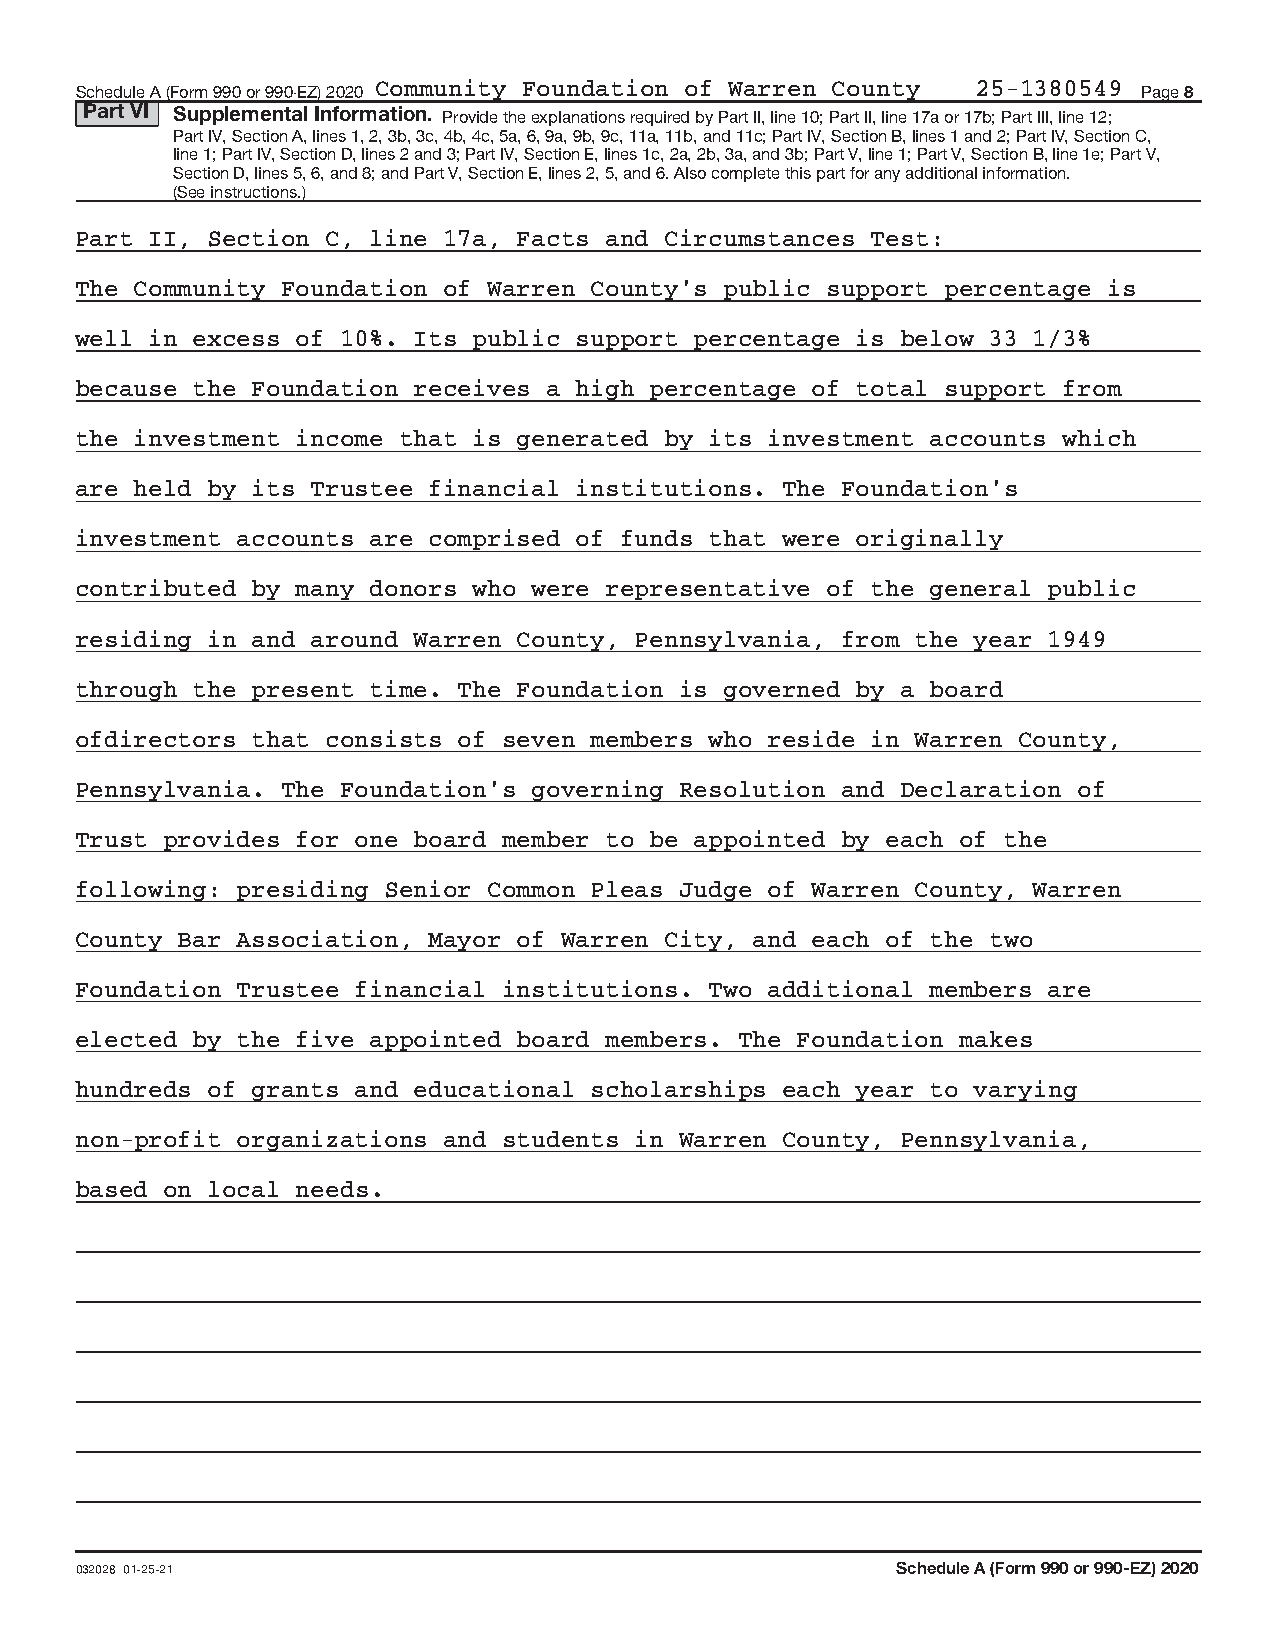
Schedule A (Form 990 or 990‐EZ) 2020 Community Foundation of Warren County 25‐1380549 Page 8
 Part VI Supplemental Information. Provide the explanations required by Part II, line 10; Part II, line 17a or 17b; Part III, line 12;
 Part IV, Section A, lines 1, 2, 3b, 3c, 4b, 4c, 5a, 6, 9a, 9b, 9c, 11a, 11b, and 11c; Part IV, Section B, lines 1 and 2; Part IV, Section C,
 line 1; Part IV, Section D, lines 2 and 3; Part IV, Section E, lines 1c, 2a, 2b, 3a, and 3b; Part V, line 1; Part V, Section B, line 1e; Part V,
 Section D, lines 5, 6, and 8; and Part V, Section E, lines 2, 5, and 6. Also complete this part for any additional information.
 (See instructions.)
 Part II, Section C, line 17a, Facts and Circumstances Test:
 The Community Foundation of Warren County's public support percentage is
 well in excess of 10%. Its public support percentage is below 33 1/3%
 because the Foundation receives a high percentage of total support from
 the investment income that is generated by its investment accounts which
 are held by its Trustee financial institutions. The Foundation's
 investment accounts are comprised of funds that were originally
 contributed by many donors who were representative of the general public
 residing in and around Warren County, Pennsylvania, from the year 1949
 through the present time. The Foundation is governed by a board
 ofdirectors that consists of seven members who reside in Warren County,
 Pennsylvania. The Foundation's governing Resolution and Declaration of
 Trust provides for one board member to be appointed by each of the
 following: presiding Senior Common Pleas Judge of Warren County, Warren
 County Bar Association, Mayor of Warren City, and each of the two
 Foundation Trustee financial institutions. Two additional members are
 elected by the five appointed board members. The Foundation makes
 hundreds of grants and educational scholarships each year to varying
 non‐profit organizations and students in Warren County, Pennsylvania,
 based on local needs.
 032028 01‐25‐21                                       Schedule A (Form 990 or 990‐EZ) 2020